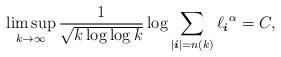
LaTeX: \begin{align*}\limsup_{k\to\infty} \frac{1}{ \sqrt{ k\log{ \log{k} } } } \log \sum_{| \boldsymbol{i} | = n(k)} { \ell_{\boldsymbol{i}}}^ { \alpha} = C, \end{align*}